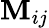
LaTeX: \mathbf{M}_{ij}